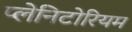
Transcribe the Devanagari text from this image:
प्लेनिटोरियम